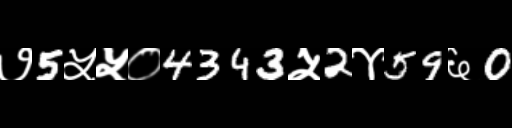
Text: ७5५५०4343५2४59६0